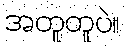
အတူတူပဲ။